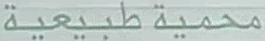
طبيعية محمية